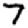
Digit: 7